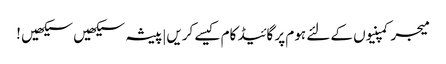
میجر کمپنیوں کے لئے ہوم پر گائیڈ کام کیسے کریں|پیشہ سیکھیں سیکھیں !